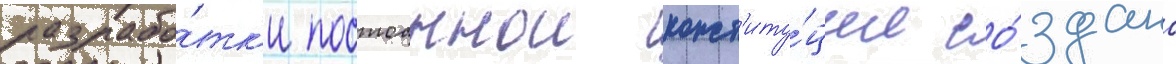
разрабо́тк'и постоаннои конст'иту́ции со́здано